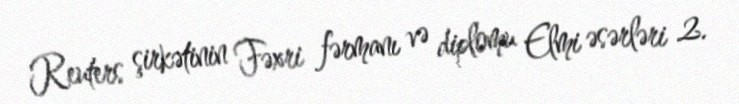
Reuters şirkətinin Fəxri fərmanı və diplomu Elmi əsərləri 2.